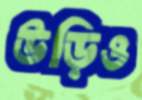
উড়িও